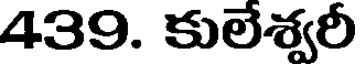
439. కులేశ్వరీ